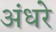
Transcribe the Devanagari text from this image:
अंधरे